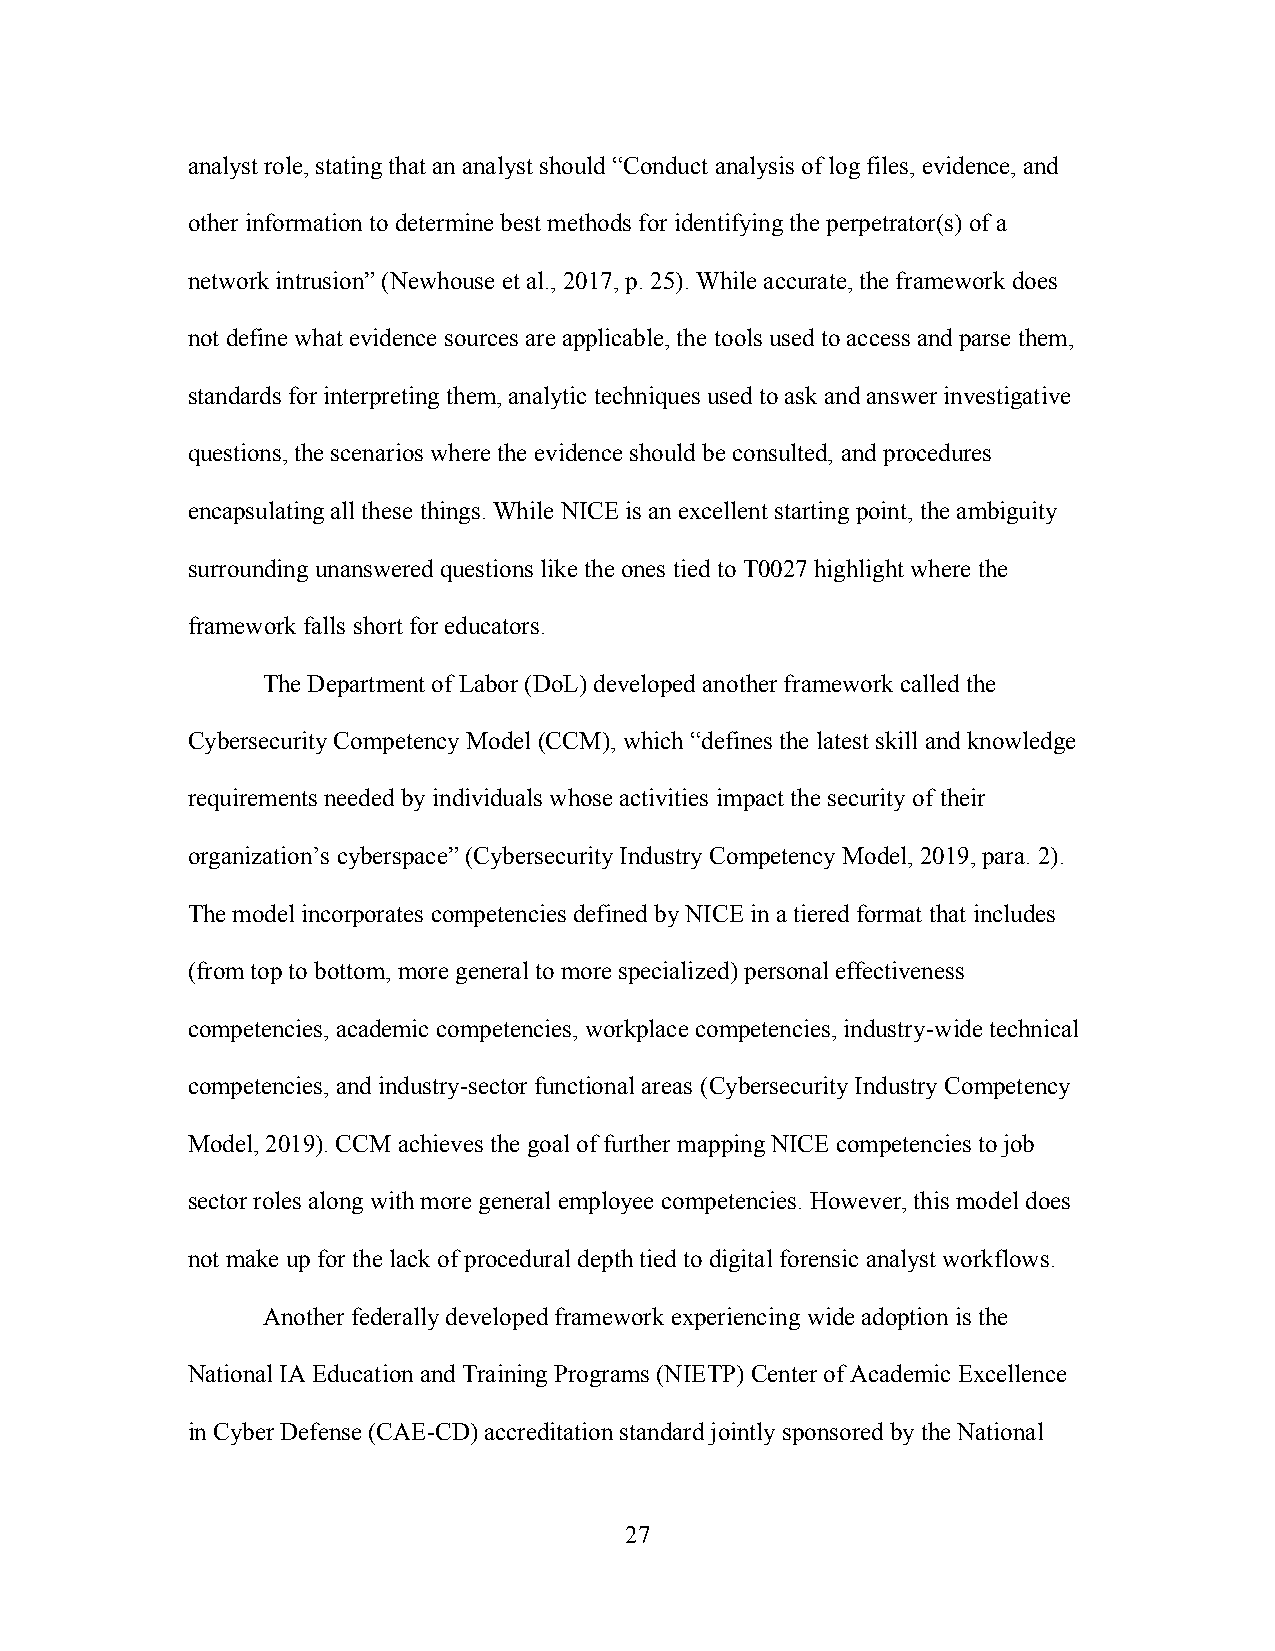
analyst role, stating that an analyst should “Conduct analysis of log files, evidence, and
 other information to determine best methods for identifying the perpetrator(s) of a
 network intrusion” (Newhouse et al., 2017, p. 25). While accurate, the framework does
 not define what evidence sources are applicable, the tools used to access and parse them,
 standards for interpreting them, analytic techniques used to ask and answer investigative
 questions, the scenarios where the evidence should be consulted, and procedures
 encapsulating all these things. While NICE is an excellent starting point, the ambiguity
 surrounding unanswered questions like the ones tied to T0027 highlight where the
 framework falls short for educators.
 The Department of Labor (DoL) developed another framework called the
 Cybersecurity Competency Model (CCM), which “defines the latest skill and knowledge
 requirements needed by individuals whose activities impact the security of their
 organization’s cyberspace” (Cybersecurity Industry Competency Model, 2019, para. 2).
 The model incorporates competencies defined by NICE in a tiered format that includes
 (from top to bottom, more general to more specialized) personal effectiveness
 competencies, academic competencies, workplace competencies, industry-wide technical
 competencies, and industry-sector functional areas (Cybersecurity Industry Competency
 Model, 2019). CCM achieves the goal of further mapping NICE competencies to job
 sector roles along with more general employee competencies. However, this model does
 not make up for the lack of procedural depth tied to digital forensic analyst workflows.
 Another federally developed framework experiencing wide adoption is the
 National IA Education and Training Programs (NIETP) Center of Academic Excellence
 in Cyber Defense (CAE-CD) accreditation standard jointly sponsored by the National
 27